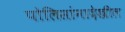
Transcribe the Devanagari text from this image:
पोलिसांनादेखील